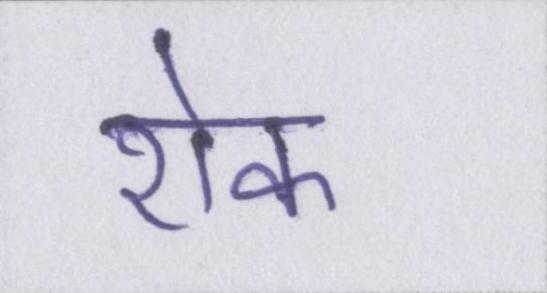
रॊक